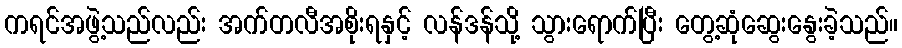
ကရင်အဖွဲ့သည်လည်း အက်တလီအစိုးရနှင့် လန်ဒန်သို့ သွားရောက်ပြီး တွေ့ဆုံဆွေးနွေးခဲ့သည်။